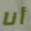
أنا